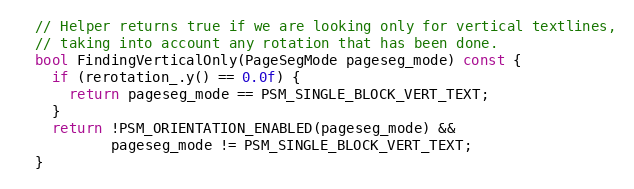
Language: C
  // Helper returns true if we are looking only for vertical textlines,
  // taking into account any rotation that has been done.
  bool FindingVerticalOnly(PageSegMode pageseg_mode) const {
    if (rerotation_.y() == 0.0f) {
      return pageseg_mode == PSM_SINGLE_BLOCK_VERT_TEXT;
    }
    return !PSM_ORIENTATION_ENABLED(pageseg_mode) &&
           pageseg_mode != PSM_SINGLE_BLOCK_VERT_TEXT;
  }